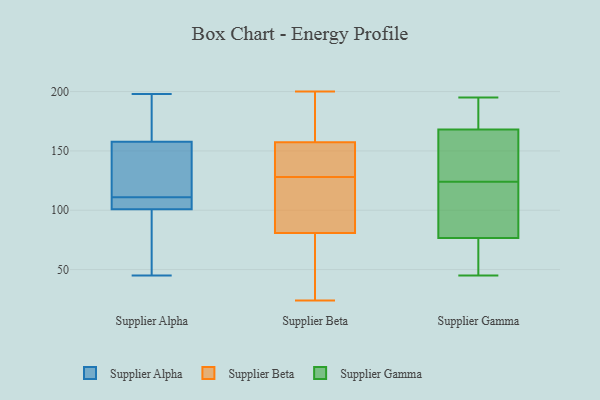
{"axis": {"x": "Revenue (USD Million)", "y": "Value"}, "legend": ["Supplier Alpha", "Supplier Beta", "Supplier Gamma"], "data": [{"x": "", "y": 111, "type": "Supplier Alpha"}, {"x": "", "y": 45, "type": "Supplier Alpha"}, {"x": "", "y": 159, "type": "Supplier Alpha"}, {"x": "", "y": 198, "type": "Supplier Alpha"}, {"x": "", "y": 170, "type": "Supplier Alpha"}, {"x": "", "y": 108, "type": "Supplier Alpha"}, {"x": "", "y": 76, "type": "Supplier Alpha"}, {"x": "", "y": 154, "type": "Supplier Alpha"}, {"x": "", "y": 100, "type": "Supplier Alpha"}, {"x": "", "y": 153, "type": "Supplier Alpha"}, {"x": "", "y": 103, "type": "Supplier Alpha"}, {"x": "", "y": 32, "type": "Supplier Beta"}, {"x": "", "y": 179, "type": "Supplier Beta"}, {"x": "", "y": 29, "type": "Supplier Beta"}, {"x": "", "y": 139, "type": "Supplier Beta"}, {"x": "", "y": 150, "type": "Supplier Beta"}, {"x": "", "y": 128, "type": "Supplier Beta"}, {"x": "", "y": 200, "type": "Supplier Beta"}, {"x": "", "y": 116, "type": "Supplier Beta"}, {"x": "", "y": 24, "type": "Supplier Beta"}, {"x": "", "y": 118, "type": "Supplier Beta"}, {"x": "", "y": 186, "type": "Supplier Beta"}, {"x": "", "y": 97, "type": "Supplier Beta"}, {"x": "", "y": 146, "type": "Supplier Beta"}, {"x": "", "y": 76, "type": "Supplier Gamma"}, {"x": "", "y": 70, "type": "Supplier Gamma"}, {"x": "", "y": 163, "type": "Supplier Gamma"}, {"x": "", "y": 54, "type": "Supplier Gamma"}, {"x": "", "y": 112, "type": "Supplier Gamma"}, {"x": "", "y": 181, "type": "Supplier Gamma"}, {"x": "", "y": 184, "type": "Supplier Gamma"}, {"x": "", "y": 79, "type": "Supplier Gamma"}, {"x": "", "y": 45, "type": "Supplier Gamma"}, {"x": "", "y": 130, "type": "Supplier Gamma"}, {"x": "", "y": 77, "type": "Supplier Gamma"}, {"x": "", "y": 125, "type": "Supplier Gamma"}, {"x": "", "y": 123, "type": "Supplier Gamma"}, {"x": "", "y": 175, "type": "Supplier Gamma"}, {"x": "", "y": 170, "type": "Supplier Gamma"}, {"x": "", "y": 77, "type": "Supplier Gamma"}, {"x": "", "y": 166, "type": "Supplier Gamma"}, {"x": "", "y": 136, "type": "Supplier Gamma"}, {"x": "", "y": 47, "type": "Supplier Gamma"}, {"x": "", "y": 195, "type": "Supplier Gamma"}]}